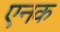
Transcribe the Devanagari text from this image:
एनक